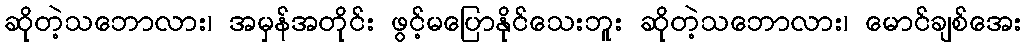
ဆိုတဲ့သဘောလား၊ အမှန်အတိုင်း ဖွင့်မပြောနိုင်သေးဘူး ဆိုတဲ့သဘောလား၊ မောင်ချစ်အေး